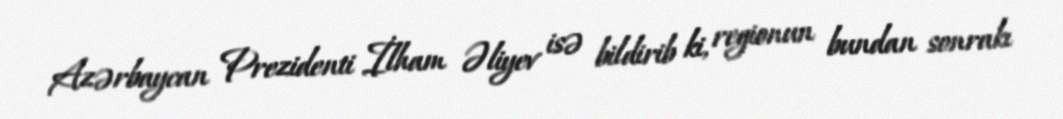
Azərbaycan Prezidenti İlham Əliyev isə bildirib ki, regionun bundan sonrakı